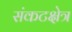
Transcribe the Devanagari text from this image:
संकटक्षेत्र